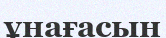
ұнағасын